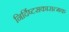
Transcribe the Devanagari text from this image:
निर्दिष्टसकारात्मक